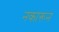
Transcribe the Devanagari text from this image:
नकारून